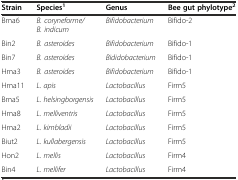
| Strain | Species1 | Genus | Bee gut phylotype2 |
 | --- | --- | --- | --- |
 | Bma6 | B. coryneforme/B. indicum | Bifidobacterium | Bifido-2 |
 | Bin2 | B. asteroides | Bifidobacterium | Bifido-1 |
 | Bin7 | B. asteroides | Bididobacterium | Bifido-1 |
 | Hma3 | B. asteroides | Bifidobacterium | Bifido-1 |
 | Hma11 | L. apis | Lactobacillus | Firm5 |
 | Bma5 | L. helsingborgensis | Lactobacillus | Firm5 |
 | Hma8 | L. melliventris | Lactobacillus | Firm5 |
 | Hma2 | L. kimbladii | Lactobacillus | Firm5 |
 | Biut2 | L. kullabergensis | Lactobacillus | Firm5 |
 | Hon2 | L. mellis | Lactobacillus | Firm4 |
 | Bin4 | L. mellifer | Lactobacillus | Firm4 |